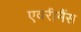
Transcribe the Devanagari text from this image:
एवरीमैंस